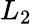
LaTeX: L_{2}